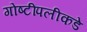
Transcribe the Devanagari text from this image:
गोष्टींपलीकडे